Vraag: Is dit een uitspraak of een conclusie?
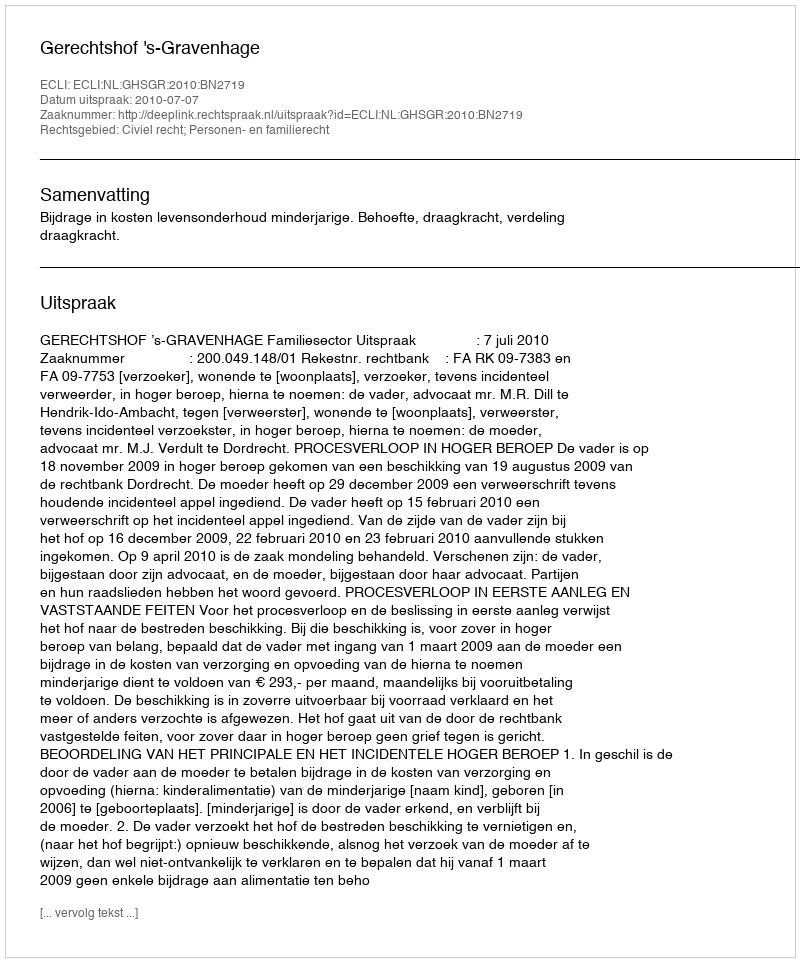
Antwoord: Uitspraak